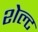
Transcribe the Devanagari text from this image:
शेल्ट